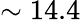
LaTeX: \sim 14.4